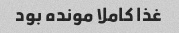
غذا کاملا مونده بود